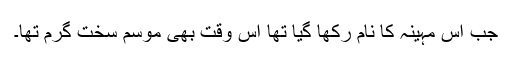
جب اس مہینہ کا نام رکھا گیا تھا اس وقت بھی موسم سخت گرم تھا۔